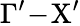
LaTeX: \Gamma^{\prime}\! -\! \mathrm{X}^{\prime}